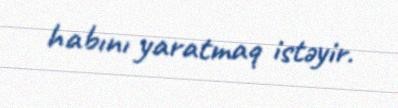
habını yaratmaq istəyir.